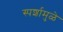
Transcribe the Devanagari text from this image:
स्पर्शामुळे